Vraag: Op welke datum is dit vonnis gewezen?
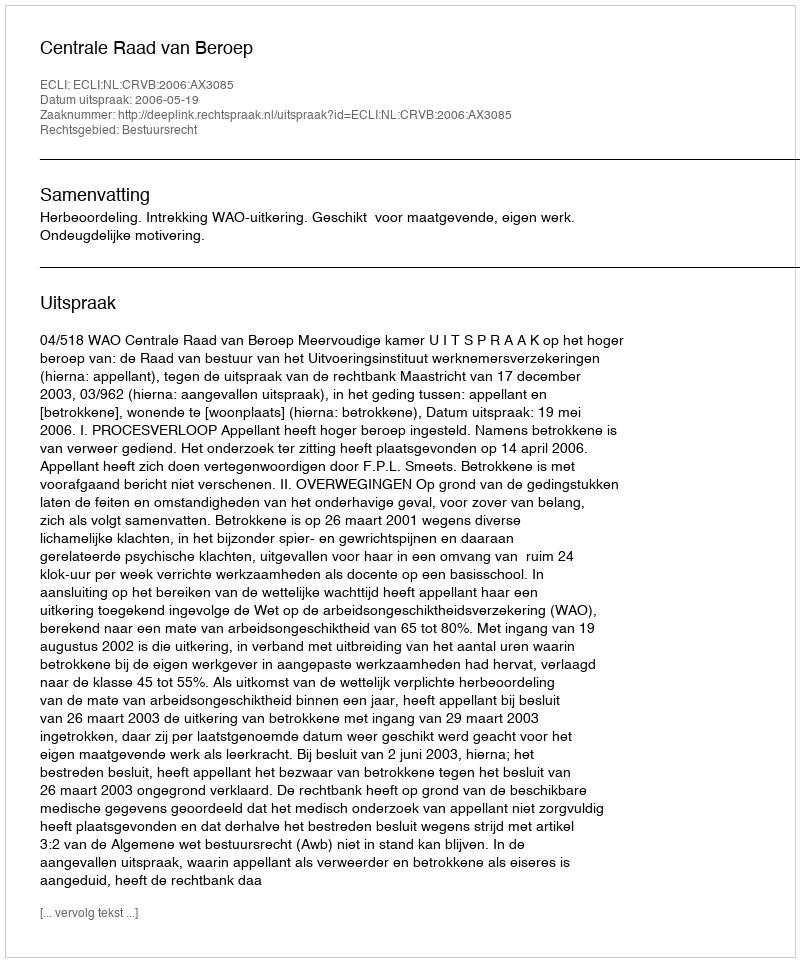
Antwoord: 2006-05-19